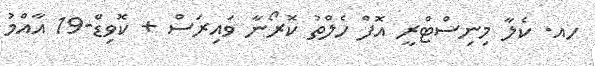
ހއ. ކެލާ މިނިސްޓްރީ އޮފް ހެލްތު ކޮރޯނާ ވައިރަސް + ކޮވިޑް-19 އާއްމު